Report of the Indian Hemp Drugs Commission, 1894-1895 - Volume V
Year: 1894
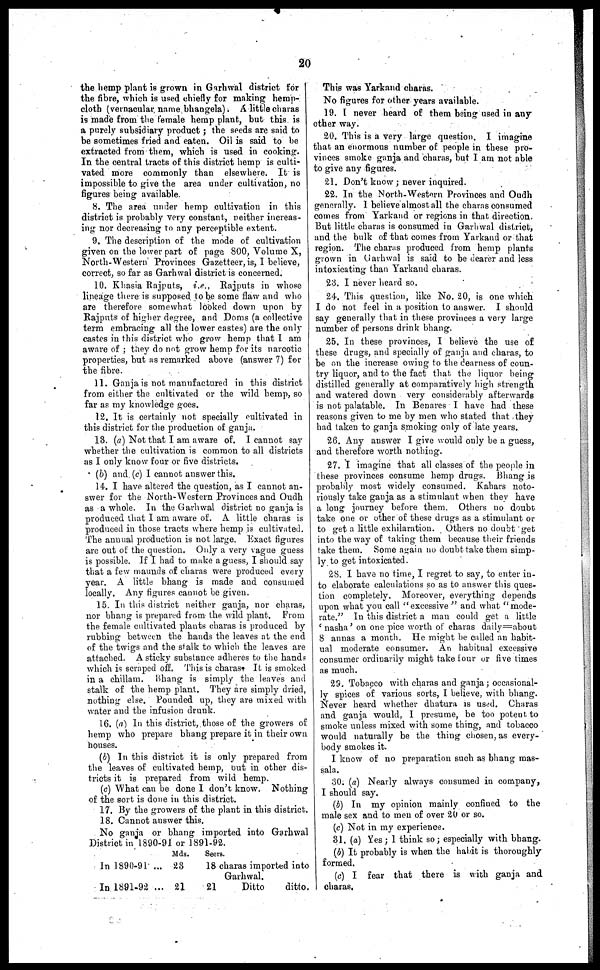
20
the hemp plant is grown in Garhwal district for
the fibre, which is used chiefly for making hemp-
clotb (vernacular, name bhangela). A little charas
is made from the female hemp plant, but this is
a purely subsidiary product; the seeds are said to
be sometimes fried and eaten. Oil is said to be
extracted from them, which is used in cooking.
In the central tracts of this district hemp is culti-
vated more commonly than elsewhere. It is
impossible to give the area under cultivation, no
figures being available.
8. The area under hemp cultivation in this
district is probably very constant, neither increas-
ing nor decreasing to any perceptible extent.
9. The description of the mode of cultivation
given on the lower part of page 800, Volume X,
North-Western Provinces Gazetteer, is, I believe,
correct, so far as Garhwal district is concerned.
10. Khasia Rajputs, i.e.,
Rajputs in whose
lineage there is supposed to be some flaw and who
are therefore somewhat looked down upon by
Rajputs of higher degree, and Doms (a collective
term embracing all the lower castes) are the only
castes in this district who grow hemp that I am
aware of; they do not grow hemp for its narcotic
properties, but as remarked above (answer 7) for
the fibre.
11. Ganja is not manufactured in this district
from either the cultivated or the wild hemp, so
far as my knowledge goes.
12. It is certainly not specially cultivated in
this district for the production oil ganja.
13. (a) Not that I am aware of. I cannot say
whether the cultivation is common to all districts
as I only know four or five districts.
(b) and (c) I cannot answer this.
14. I have altered the question, as I cannot an-
swer for the North-Western Provinces and Oudh
as a whole. In the Garhwal district no ganja is
produced that I am aware of. A little charas is
produced in those tracts where hemp is cultivated.
The annual production is not. large. Exact figures
are out of the question. Only a very vague guess
is possible. If I had to make a guess, I should say
that a few maunds of charas were produced every
year. A little bhang is made and consumed
locally. Any figures cannot be given.
15. In this district neither ganja, nor charas,
nor bhang is prepared from the wild plant.
From
the female cultivated plants charas is produced by
rubbing between the hands the leaves at the end
of the twigs and the stalk to which the leaves are
attached. A sticky substance adheres to the hands
which is scraped off. This is charas. It is smoked
in a chillam. Bhang is simply the leaves and
stalk of the hemp plant. They are simply dried,
nothing else. Pounded up, they are mixed with
water and the infusion drunk.
16. (a) In this district, those of the growers of
hemp who prepare bhang prepare it in their own
houses.
(b) In this district it is only prepared from
the leaves of cultivated hemp, out in other dis-
tricts it is prepared from wild hemp.
(c) What can be done I don't know. Nothing
of the sort is done in this district.
17. By the growers of the plant in this district.
18. Cannot answer this.
No ganja or bhang imported into Garhwal
District in 1890-91 or 1891-92.
Mds.
In 1890-91 ..
In 1891-92 ..
23
21
Secrs.
18
21
charas imported into
Garhwal.
Ditto
ditto.
This was Yarkand charas.
No figures for other years available.
19. I never heard of them being used in any
other way.
20. This is a very large question. I imagine
that an enormous number of people in these pro-
vinces smoke ganja and charas, but I am not able
to give any figures.
21. Don't know; never inquired.
22. In the North-Westorn Provinces and Oudh
generally. I believe almost all the charas consumed
comes from Yarkand or regions in that direction.
But little charas is consumed in Garhwal district,
and the bulk of that comes from Yarkand or that
region. The charas produced from hemp plants
grown in Garhwal is said to be dearer and less
intoxicating than Yarkand charas.
23. I never heard so.
24. This question, like No. 20, is one which
I do not feel in a position to answer. I should
say generally that in these provinces a very large
number of persons drink bhang.
25. In these provinces, I believe the use of
these drugs, and specially of ganja and charas, to
be on the increase owing to the dearness of coun-
try liquor, and to the fact that the liquor being
distilled generally at comparatively high strength
and watered down very considerably afterwards
is not palatable. In Benares I have had these
reasons given to me by men who stated that .they
had taken to ganja smoking only of late years.
26. Any answer I give would only be a guess,
and therefore worth nothing.
27. I imagine that all classes of the people in
these provinces consume hemp drugs. Bhang is
probably most widely consumed. Kahars noto-
riously take ganja as a stimulant when they have
a long journey before them. Others no doubt
take one or other of these drugs as a stimulant or
to get a little exhilaration. Others no doubt get
into the way of taking them because their friends
take them. Some again no doubt take them simp-
ly to get intoxicated.
28. I have no time, I regret to say, to enter in-
to elaborate calculations so as to answer this que6-
tion completely. Moreover, everything depends
upon what you call "excessive" and what "mode-
rate." In this district a man could get a little
'nasha'
on one pice worth of charas daily=about
8 annas a month. He might be called an habit-
ual moderate consumer. An habitual excessive
consumer ordinarily might take lour or five times
as much.
29. Tobacco with charas and ganja; occnsional-
ly spices of various sorts, I believe, with bhang.
Never beard whether dhatura is used. Charas
and ganja would, I presume, be too potent to
smoke unless mixed with some thing, and tobacco
would naturally be the thing chosen, as every-
body smokes it.
I know of no preparation such as bhang mas-
sal a.
30. (a) Nearly always consumed in company,
I should say.
(b) In my opinion mainly confiued to the
male sex and to men of over 20 or so.
(c) Not in my experience.
31. (a) Yes; I think so; especially with bhang.
(b) It probably is when the habit is thoroughly
formed.
(c) I fear that there is with ganja and
charas.